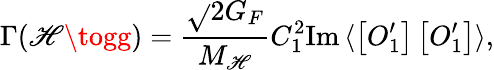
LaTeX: \Gamma(\mathscr{H}\togg)=\frac{{\sqrt{}{2}G_{F}}}{{M_{\mathscr{H}}}}C_{1}^{2}\mathrm{{Im}}\, \langle\left[O_{1}^{\prime}\right]\left[O_{1}^{\prime}\right]\rangle,